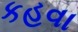
કહવા